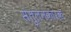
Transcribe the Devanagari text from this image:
संतुलनकारक